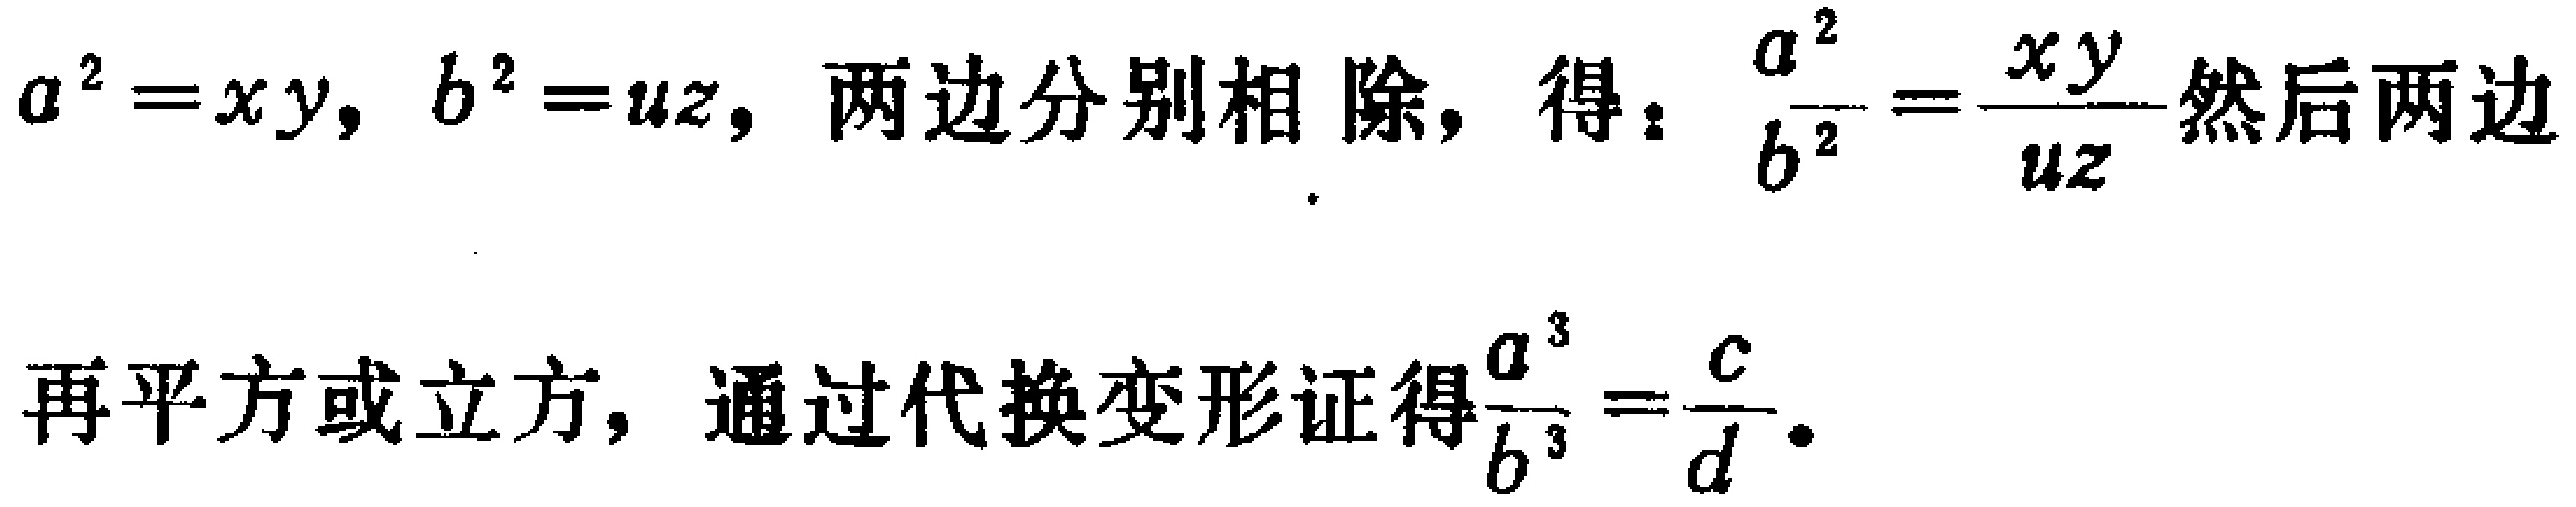
\(a^{2}=xy,\ b^{2}=uz,\) 两边分别相除，得：\(\frac{a^{2}}{b^{2}}=\frac{xy}{uz}\)然后两边

再平方或立方，通过代换变形证得\(\frac{a^{3}}{b^{3}}=\frac{c}{d}\)。